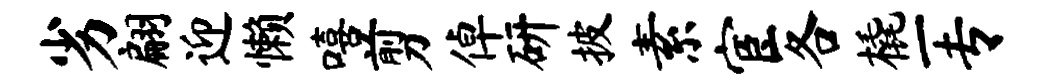
劣翩迎懒嘻剪倬研披素宦各橇一专